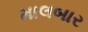
માલબાર